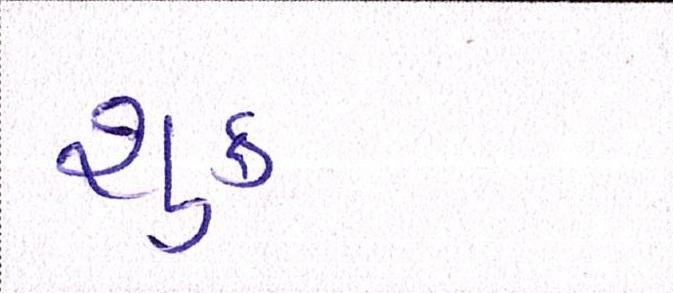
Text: શુક્ર